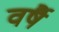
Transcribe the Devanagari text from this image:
वर्षै